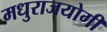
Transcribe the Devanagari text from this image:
मधुराजयोगी